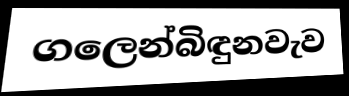
ගලෙන්බිඳුනවැව